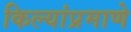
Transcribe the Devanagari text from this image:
किल्यांप्रमाणे